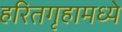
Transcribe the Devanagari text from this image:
हरितगृहामध्ये